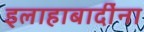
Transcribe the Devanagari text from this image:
इलाहाबादींना